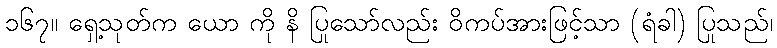
၁၆၇။ ရှေ့သုတ်က ယော ကို နိ ပြုသော်လည်း ဝိကပ်အားဖြင့်သာ (ရံခါ) ပြုသည်၊